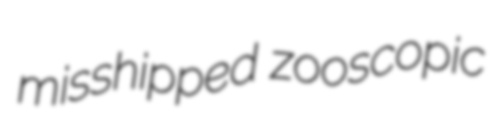
misshipped zooscopic